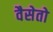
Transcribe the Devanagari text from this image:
वैसेतो